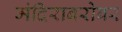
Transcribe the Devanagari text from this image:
मंदिराबरोबर